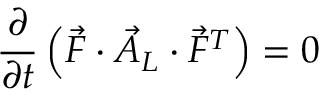
\frac { \partial } { \partial t } \left( \vec { F } \cdot \vec { A } _ { L } \cdot \vec { F } ^ { T } \right) = \boldsymbol { 0 }